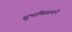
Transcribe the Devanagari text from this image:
सुभाषितरूपाने